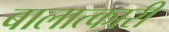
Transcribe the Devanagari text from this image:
बालात्कारी